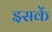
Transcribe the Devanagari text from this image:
इसकें